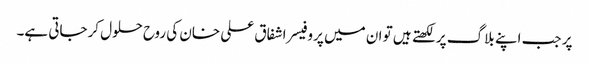
پر جب اپنے بلاگ پر لکھتے ہیں تو ان میں پروفیسر اشفاق علی خان کی روح حلول کرجاتی ہے۔